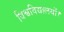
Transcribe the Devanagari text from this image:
विश्वविद्यालयों।